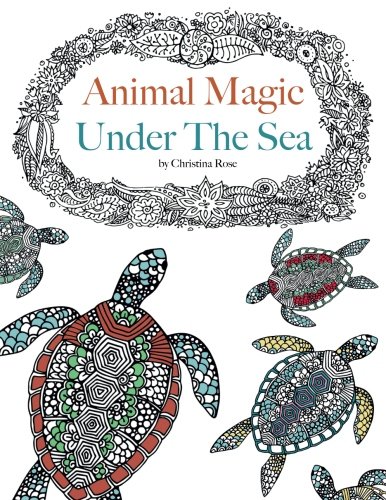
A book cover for Animal Magic - Under The Sea: Anti-Stress Animal Art Therapy; Christina Rose; Arts & Photography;